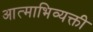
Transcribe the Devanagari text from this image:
आत्माभिव्यक्ती